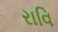
રાવિ